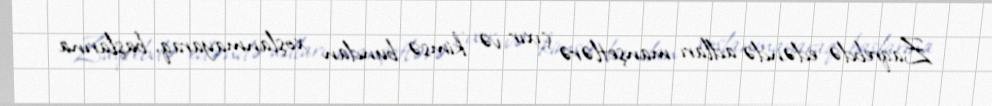
Zaqrebdə edəndə adları manşetlərə çıxır və kimsə bundan xoşlanmayaraq, başlarına